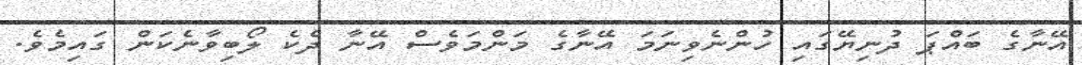
އޭނާގެ ބައްޕަ ދުނިޔޭގައި ހުންނެވިނަމަ އޭނާގެ މަންމަވެސް އޭނާ ދެކެ ލޯބިވާނެކަން ގައިމެވެ.